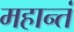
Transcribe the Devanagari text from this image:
महान्तं